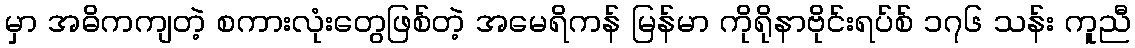
မှာ အဓိကကျတဲ့ စကားလုံးတွေဖြစ်တဲ့ အမေရိကန် မြန်မာ ကိုရိုနာဗိုင်းရပ်စ် ၁၇၆ သန်း ကူညီ